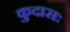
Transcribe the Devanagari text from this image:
कुदासः